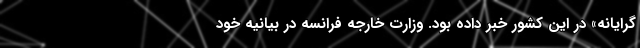
گرایانه» در این کشور خبر داده بود. وزارت خارجه فرانسه در بیانیه خود